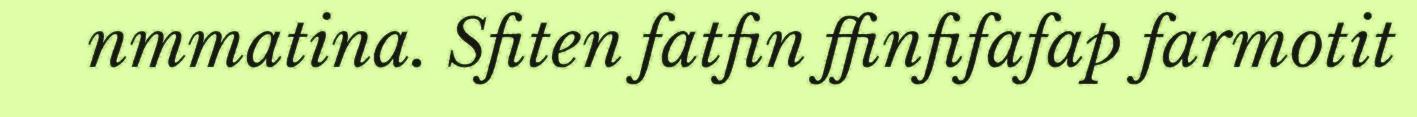
nmmatina. Sfiten fatfin ffinfifafap farmotit